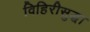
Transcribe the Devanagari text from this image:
विहिरीसुद्धा